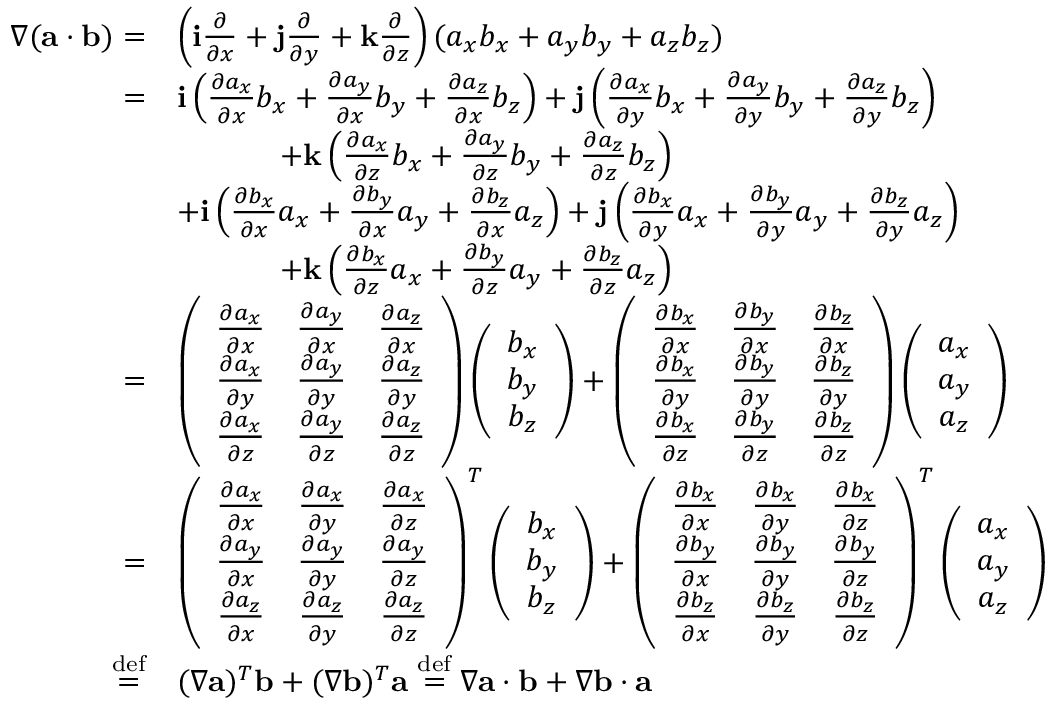
\begin{array} { r l } { \nabla ( { \mathbf a } \cdot { \mathbf b } ) = } & { \left( { \mathbf i } \frac { \partial } { \partial x } + { \mathbf j } \frac { \partial } { \partial y } + { \mathbf k } \frac { \partial } { \partial z } \right) ( a _ { x } b _ { x } + a _ { y } b _ { y } + a _ { z } b _ { z } ) } \\ { = } & { { \mathbf i } \left( \frac { \partial a _ { x } } { \partial x } b _ { x } + \frac { \partial a _ { y } } { \partial x } b _ { y } + \frac { \partial a _ { z } } { \partial x } b _ { z } \right) + { \mathbf j } \left( \frac { \partial a _ { x } } { \partial y } b _ { x } + \frac { \partial a _ { y } } { \partial y } b _ { y } + \frac { \partial a _ { z } } { \partial y } b _ { z } \right) } \\ & { \ \ \ \ \ \ \ \ \ \ + { \mathbf k } \left( \frac { \partial a _ { x } } { \partial z } b _ { x } + \frac { \partial a _ { y } } { \partial z } b _ { y } + \frac { \partial a _ { z } } { \partial z } b _ { z } \right) } \\ & { + { \mathbf i } \left( \frac { \partial b _ { x } } { \partial x } a _ { x } + \frac { \partial b _ { y } } { \partial x } a _ { y } + \frac { \partial b _ { z } } { \partial x } a _ { z } \right) + { \mathbf j } \left( \frac { \partial b _ { x } } { \partial y } a _ { x } + \frac { \partial b _ { y } } { \partial y } a _ { y } + \frac { \partial b _ { z } } { \partial y } a _ { z } \right) } \\ & { \ \ \ \ \ \ \ \ \ \ + { \mathbf k } \left( \frac { \partial b _ { x } } { \partial z } a _ { x } + \frac { \partial b _ { y } } { \partial z } a _ { y } + \frac { \partial b _ { z } } { \partial z } a _ { z } \right) } \\ { = } & { \left( \begin{array} { c c c } { \frac { \partial a _ { x } } { \partial x } } & { \frac { \partial a _ { y } } { \partial x } } & { \frac { \partial a _ { z } } { \partial x } } \\ { \frac { \partial a _ { x } } { \partial y } } & { \frac { \partial a _ { y } } { \partial y } } & { \frac { \partial a _ { z } } { \partial y } } \\ { \frac { \partial a _ { x } } { \partial z } } & { \frac { \partial a _ { y } } { \partial z } } & { \frac { \partial a _ { z } } { \partial z } } \end{array} \right) \left( \begin{array} { c } { b _ { x } } \\ { b _ { y } } \\ { b _ { z } } \end{array} \right) + \left( \begin{array} { c c c } { \frac { \partial b _ { x } } { \partial x } } & { \frac { \partial b _ { y } } { \partial x } } & { \frac { \partial b _ { z } } { \partial x } } \\ { \frac { \partial b _ { x } } { \partial y } } & { \frac { \partial b _ { y } } { \partial y } } & { \frac { \partial b _ { z } } { \partial y } } \\ { \frac { \partial b _ { x } } { \partial z } } & { \frac { \partial b _ { y } } { \partial z } } & { \frac { \partial b _ { z } } { \partial z } } \end{array} \right) \left( \begin{array} { c } { a _ { x } } \\ { a _ { y } } \\ { a _ { z } } \end{array} \right) } \\ { = } & { \left( \begin{array} { c c c } { \frac { \partial a _ { x } } { \partial x } } & { \frac { \partial a _ { x } } { \partial y } } & { \frac { \partial a _ { x } } { \partial z } } \\ { \frac { \partial a _ { y } } { \partial x } } & { \frac { \partial a _ { y } } { \partial y } } & { \frac { \partial a _ { y } } { \partial z } } \\ { \frac { \partial a _ { z } } { \partial x } } & { \frac { \partial a _ { z } } { \partial y } } & { \frac { \partial a _ { z } } { \partial z } } \end{array} \right) ^ { T } \left( \begin{array} { c } { b _ { x } } \\ { b _ { y } } \\ { b _ { z } } \end{array} \right) + \left( \begin{array} { c c c } { \frac { \partial b _ { x } } { \partial x } } & { \frac { \partial b _ { x } } { \partial y } } & { \frac { \partial b _ { x } } { \partial z } } \\ { \frac { \partial b _ { y } } { \partial x } } & { \frac { \partial b _ { y } } { \partial y } } & { \frac { \partial b _ { y } } { \partial z } } \\ { \frac { \partial b _ { z } } { \partial x } } & { \frac { \partial b _ { z } } { \partial y } } & { \frac { \partial b _ { z } } { \partial z } } \end{array} \right) ^ { T } \left( \begin{array} { c } { a _ { x } } \\ { a _ { y } } \\ { a _ { z } } \end{array} \right) } \\ { \stackrel { \operatorname { d e f } } { = } } & { ( \nabla { \mathbf a } ) ^ { T } { \mathbf b } + ( \nabla { \mathbf b } ) ^ { T } { \mathbf a } \stackrel { \operatorname { d e f } } { = } \nabla { \mathbf a } \cdot { \mathbf b } + \nabla { \mathbf b } \cdot { \mathbf a } } \end{array}